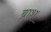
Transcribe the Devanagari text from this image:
ब्राश